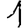
Digit: 1